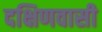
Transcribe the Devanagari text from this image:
दक्षिणवासी